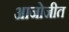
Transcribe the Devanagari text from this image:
आजोजीत